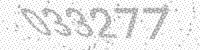
Solution: 033277